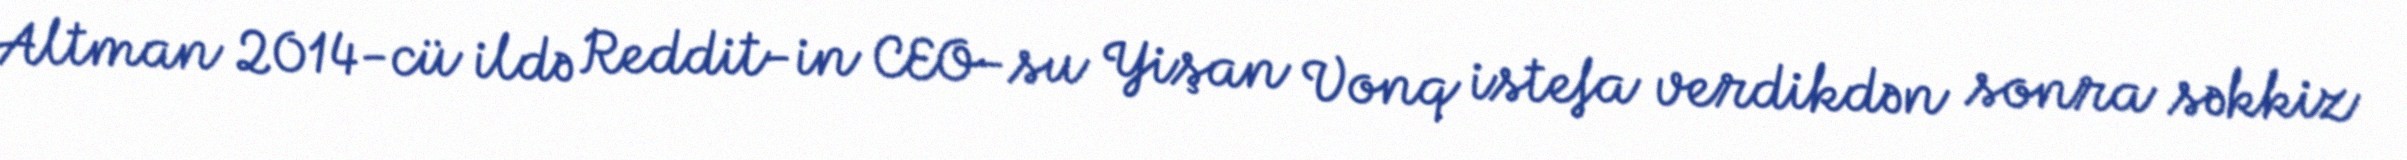
Altman 2014-cü ildə Reddit-in CEO-su Yişan Vonq istefa verdikdən sonra səkkiz